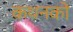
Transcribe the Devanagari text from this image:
कथनको